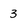
Character: 3